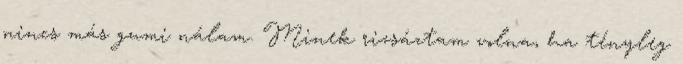
nincs más gumi nálam. Minek rizsáztam volna, ha tényleg